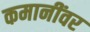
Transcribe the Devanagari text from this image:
कमानींवर